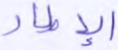
الإطار